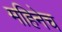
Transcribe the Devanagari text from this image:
महिनेच